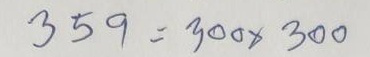
359 = 300 x 300